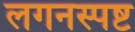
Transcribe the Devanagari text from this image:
लगनस्पष्ट